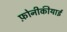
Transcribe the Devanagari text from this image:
फ़ोनीकीयाई